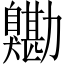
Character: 𦤯